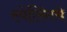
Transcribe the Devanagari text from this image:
स्पेलिंगचे